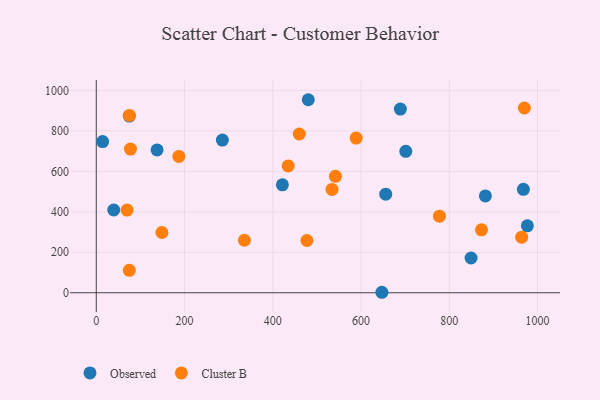
{"axis": {"x": "Price", "y": "Profit"}, "legend": ["Cluster B", "Observed"], "data": [{"x": "285.8", "y": 754.4, "type": "Observed"}, {"x": "849.4", "y": 171.8, "type": "Observed"}, {"x": "137.8", "y": 705.8, "type": "Observed"}, {"x": "74.8", "y": 872.9, "type": "Observed"}, {"x": "480.4", "y": 953.9, "type": "Observed"}, {"x": "656.0", "y": 487.0, "type": "Observed"}, {"x": "968.0", "y": 511.2, "type": "Observed"}, {"x": "977.0", "y": 330.9, "type": "Observed"}, {"x": "689.2", "y": 907.6, "type": "Observed"}, {"x": "701.5", "y": 698.9, "type": "Observed"}, {"x": "881.8", "y": 478.5, "type": "Observed"}, {"x": "39.6", "y": 408.8, "type": "Observed"}, {"x": "647.3", "y": 2.3, "type": "Observed"}, {"x": "14.4", "y": 747.2, "type": "Observed"}, {"x": "421.8", "y": 533.5, "type": "Observed"}, {"x": "148.7", "y": 297.6, "type": "Cluster B"}, {"x": "534.3", "y": 510.6, "type": "Cluster B"}, {"x": "970.2", "y": 912.9, "type": "Cluster B"}, {"x": "187.2", "y": 673.6, "type": "Cluster B"}, {"x": "777.7", "y": 378.2, "type": "Cluster B"}, {"x": "77.5", "y": 709.8, "type": "Cluster B"}, {"x": "75.0", "y": 876.4, "type": "Cluster B"}, {"x": "335.7", "y": 259.5, "type": "Cluster B"}, {"x": "69.8", "y": 408.3, "type": "Cluster B"}, {"x": "460.1", "y": 784.6, "type": "Cluster B"}, {"x": "477.4", "y": 258.2, "type": "Cluster B"}, {"x": "873.0", "y": 310.8, "type": "Cluster B"}, {"x": "589.0", "y": 764.5, "type": "Cluster B"}, {"x": "542.0", "y": 575.5, "type": "Cluster B"}, {"x": "74.9", "y": 110.6, "type": "Cluster B"}, {"x": "434.9", "y": 626.5, "type": "Cluster B"}, {"x": "964.1", "y": 274.7, "type": "Cluster B"}]}